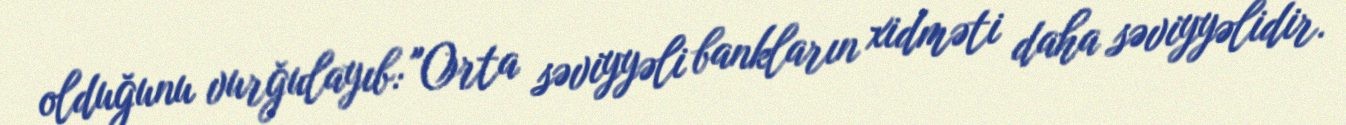
olduğunu vurğulayıb: "Orta səviyyəli bankların xidməti daha səviyyəlidir.